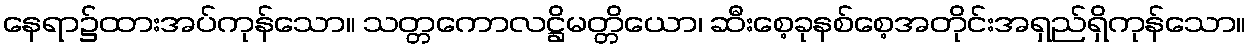
နေရာ၌ထားအပ်ကုန်သော။ သတ္တကောလဋ္ဌိမတ္တိယော၊ ဆီးစေ့ခုနစ်စေ့အတိုင်းအရှည်ရှိကုန်သော။